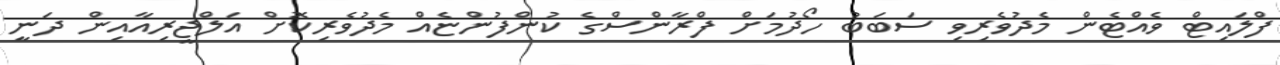
ފްލައިޓް ވެއްޓެން މެދުވެރިވި ސަބަބު ހޯދުމަށް ފްރާންސްގެ ކުންފުންޏެއް މެދުވެރިކޮށް އަލްޖީރިއާއިން ދަނީ